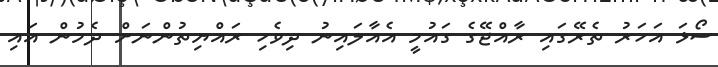
ސޯޅަ އަހަރު ތެރޭގައި ރާއްޖޭގެ ގައުމީ އެއާލައިނު ދިވެހި ރައްޔިތުންނަށް ދެމުން އައި